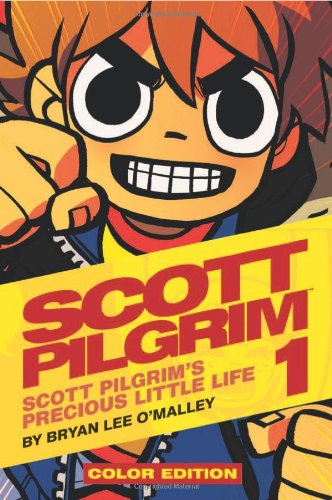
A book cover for Scott Pilgrim Color Hardcover Volume 1: Precious Little Life; Bryan Lee O'Malley; Comics & Graphic Novels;